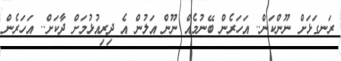
ރަނގަޅަށް ނޫންކަން.. އަހަރެން ބޭނުމެއް ނޫން އަލުން އެ ދިރިއުޅުމަށް ދާކަށް.. އަހަރެން